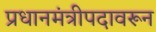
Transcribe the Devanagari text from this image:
प्रधानमंत्रीपदावरून